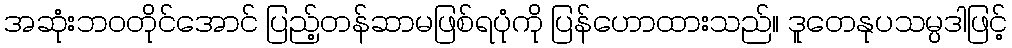
အဆုံးဘဝတိုင်အောင် ပြည့်တန်ဆာမဖြစ်ရပုံကို ပြန်ဟောထားသည်။ ဒူတေနုပသမ္ပဒါဖြင့်